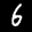
Label: 6